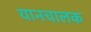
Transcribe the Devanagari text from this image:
यानचालक